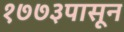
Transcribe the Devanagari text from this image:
१७७३पासून